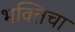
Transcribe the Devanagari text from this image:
भक्तिचा